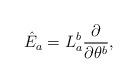
LaTeX: \begin{align*}{\hat E}_a = L^b_a \frac{\partial }{\partial \theta^b},\end{align*}